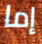
إما